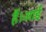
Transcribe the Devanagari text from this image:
हैं।आई